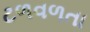
ટળવળતા